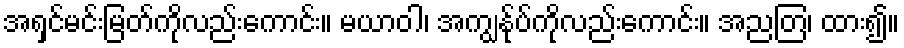
အရှင်မင်းမြတ်ကိုလည်းကောင်း။ မယာဝါ၊ အကျွန်ုပ်ကိုလည်းကောင်း။ အညတြ၊ ထား၍။